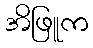
အိဖြူက